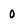
Character: 0